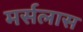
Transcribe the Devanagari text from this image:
मर्सलास